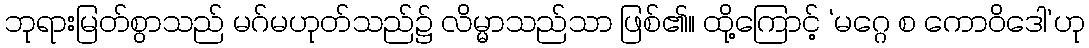
ဘုရားမြတ်စွာသည် မဂ်မဟုတ်သည်၌ လိမ္မာသည်သာ ဖြစ်၏။ ထို့ကြောင့် ‘မဂ္ဂေ စ ကောဝိဒေါ’ဟု